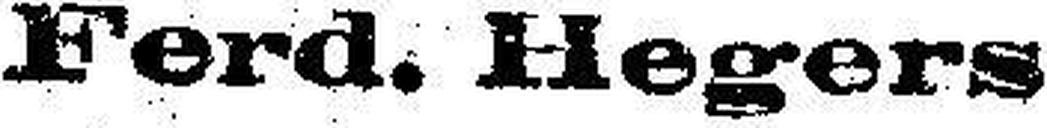
Ferd. Hegers